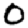
Digit: 0